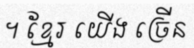
។ ខ្មែរ យើង ច្រើន